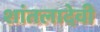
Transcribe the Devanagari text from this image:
शांतलादेवी